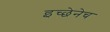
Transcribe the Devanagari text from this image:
इच्छेनेच